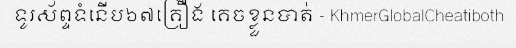
ទូរស័ព្ទទំនើប៦៧គ្រឿង គេចខ្លួនបាត់ - KhmerGlobalCheatiboth